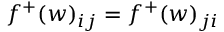
f ^ { + } ( w ) _ { i j } = f ^ { + } ( w ) _ { j i }